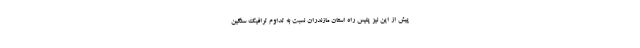
پیش از این نیز پلیس راه استان مازندران نسبت به تداوم ترافیک سنگین